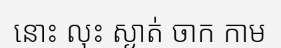
នោះ លុះ ស្ងាត់ ចាក កាម